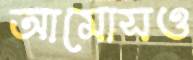
আমোসও